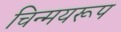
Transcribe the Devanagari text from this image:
चिन्मयरूप